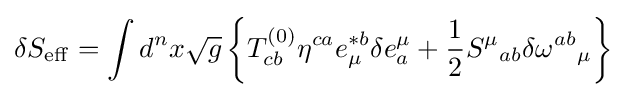
\delta S_{\rm {eff}}=\int d^{n}x{\sqrt {g}}\left\{T_{cb}^{(0)}\eta ^{ca}e_{\mu }^{*b}\delta e_{a}^{\mu }+{\frac {1}{2}}{S^{\mu }}_{ab}\delta {\omega ^{ab}}_{\mu }\right\}